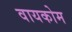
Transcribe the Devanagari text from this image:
वायकोम